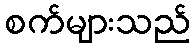
စက်များသည်